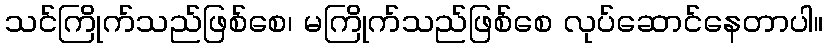
သင်ကြိုက်သည်ဖြစ်စေ၊ မကြိုက်သည်ဖြစ်စေ လုပ်ဆောင်နေတာပါ။